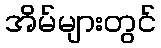
အိမ်များတွင်